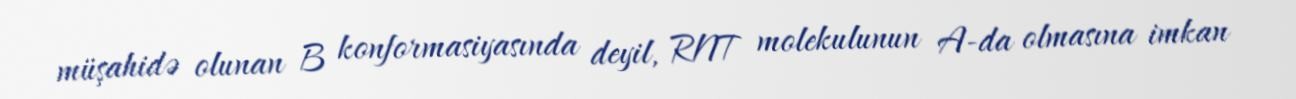
müşahidə olunan B konformasiyasında deyil, RNT molekulunun A-da olmasına imkan